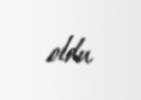
oldu.